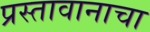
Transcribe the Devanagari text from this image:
प्रस्तावानाचा